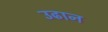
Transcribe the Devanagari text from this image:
उढान